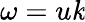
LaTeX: \omega=u\mathit{k}